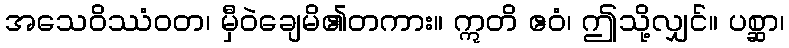
အသေဝိဿံဝတ၊ မှီဝဲချေမိ၏တကား။ ဣတိ ဧဝံ၊ ဤသို့လျှင်။ ပစ္ဆာ၊